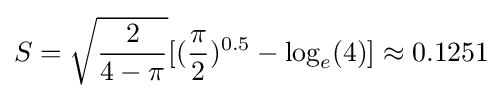
S={\sqrt {\frac {2}{4-\pi }}}[({\frac {\pi }{2}})^{0.5}-\log _{e}(4)]\approx 0.1251